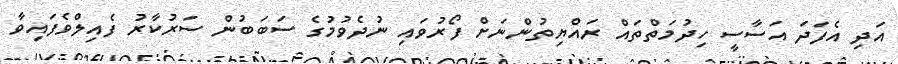
އަދި އެފަދަ އަސާސީ ހިދުމަތްތައް ރައްޔިތުންނަށް ފޯރުވައި ނުދެވުމުގެ ސަބަބުން ސަރުކާރު ފެއިލްވެފައިވާ